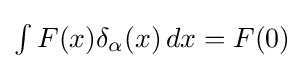
{\textstyle \int F(x)\delta _{\alpha }(x)\,dx=F(0)}